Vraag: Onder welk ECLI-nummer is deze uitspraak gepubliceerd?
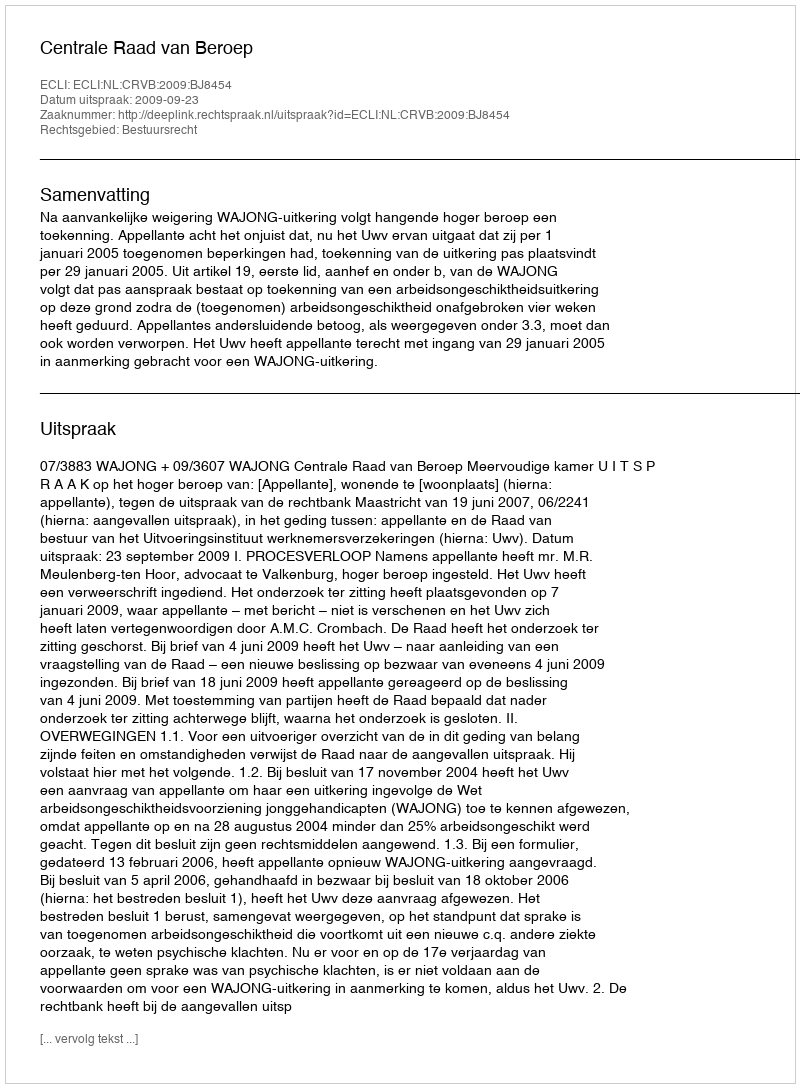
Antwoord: ECLI:NL:CRVB:2009:BJ8454